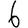
Digit: 6